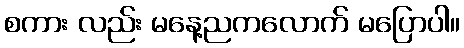
စကား လည်း မနေ့ညကလောက် မပြောပါ။